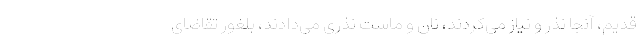
قدیم، آنجا نذر و نیاز می‌کردند، نان و ماست نذری می‌دادند، بلغور تقاضای